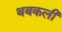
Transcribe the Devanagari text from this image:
थबकली